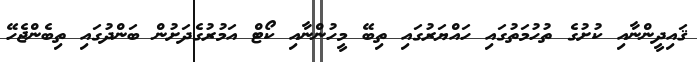
ޤައިދީންނާއި ކުށުގެ ތުހުމަތުގައި ހައްޔަރުގައި ތިބޭ މީހުންނާއި ކޯޓް އަމުރުގެދަށުން ބަންދުގައި ތިބެންޖެހޭ